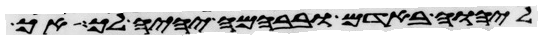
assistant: ליהוה באדם ובבהמה יהיה לך אך